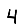
Digit: 4